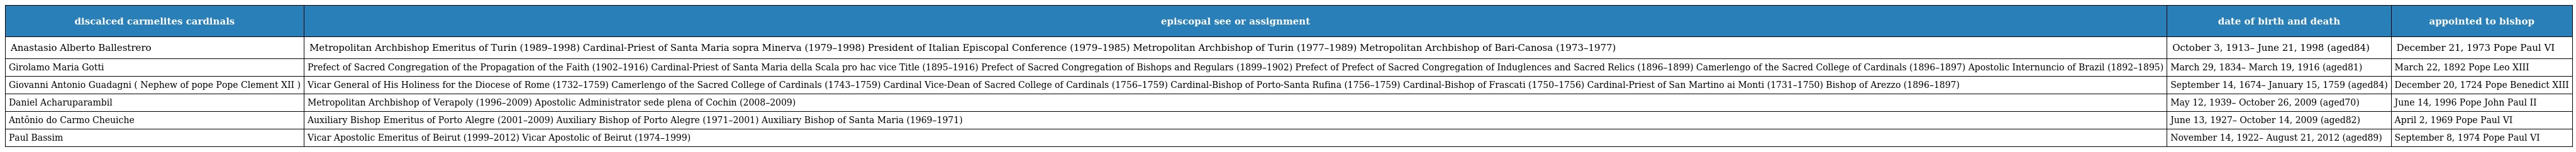
| discalced carmelites cardinals | episcopal see or assignment | date of birth and death | appointed to bishop |
 | --- | --- | --- | --- |
 | Anastasio Alberto Ballestrero | Metropolitan Archbishop Emeritus of Turin (1989–1998) Cardinal-Priest of Santa Maria sopra Minerva (1979–1998) President of Italian Episcopal Conference (1979–1985) Metropolitan Archbishop of Turin (1977–1989) Metropolitan Archbishop of Bari-Canosa (1973–1977) | October 3, 1913– June 21, 1998 (aged84) | December 21, 1973 Pope Paul VI |
 | Girolamo Maria Gotti | Prefect of Sacred Congregation of the Propagation of the Faith (1902–1916) Cardinal-Priest of Santa Maria della Scala pro hac vice Title (1895–1916) Prefect of Sacred Congregation of Bishops and Regulars (1899–1902) Prefect of Prefect of Sacred Congregation of Induglences and Sacred Relics (1896–1899) Camerlengo of the Sacred College of Cardinals (1896–1897) Apostolic Internuncio of Brazil (1892–1895) | March 29, 1834– March 19, 1916 (aged81) | March 22, 1892 Pope Leo XIII |
 | Giovanni Antonio Guadagni ( Nephew of pope Pope Clement XII ) | Vicar General of His Holiness for the Diocese of Rome (1732–1759) Camerlengo of the Sacred College of Cardinals (1743–1759) Cardinal Vice-Dean of Sacred College of Cardinals (1756–1759) Cardinal-Bishop of Porto-Santa Rufina (1756–1759) Cardinal-Bishop of Frascati (1750–1756) Cardinal-Priest of San Martino ai Monti (1731–1750) Bishop of Arezzo (1896–1897) | September 14, 1674– January 15, 1759 (aged84) | December 20, 1724 Pope Benedict XIII |
 | Daniel Acharuparambil | Metropolitan Archbishop of Verapoly (1996–2009) Apostolic Administrator sede plena of Cochin (2008–2009) | May 12, 1939– October 26, 2009 (aged70) | June 14, 1996 Pope John Paul II |
 | Antônio do Carmo Cheuiche | Auxiliary Bishop Emeritus of Porto Alegre (2001–2009) Auxiliary Bishop of Porto Alegre (1971–2001) Auxiliary Bishop of Santa Maria (1969–1971) | June 13, 1927– October 14, 2009 (aged82) | April 2, 1969 Pope Paul VI |
 | Paul Bassim | Vicar Apostolic Emeritus of Beirut (1999–2012) Vicar Apostolic of Beirut (1974–1999) | November 14, 1922– August 21, 2012 (aged89) | September 8, 1974 Pope Paul VI |